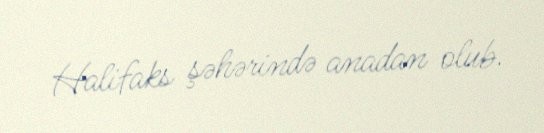
Halifaks şəhərində anadan olub.